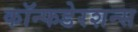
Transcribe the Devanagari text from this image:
कॉन्फडेरशन्स